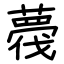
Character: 薎